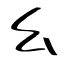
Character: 幺